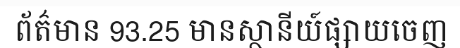
ព័ត៌មាន 93.25 មានស្ថានីយ៍ផ្សាយចេញ